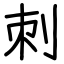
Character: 刺